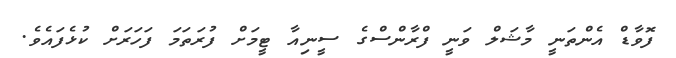
ފޮވާޑް އެންތަނީ މާޝަލް ވަނީ ފްރާންސްގެ ސީނިއާ ޓީމަށް ފުރަތަމަ ފަހަރަށް ކުޅެފައެވެ.